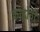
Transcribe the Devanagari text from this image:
काह्लोची